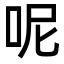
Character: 呢